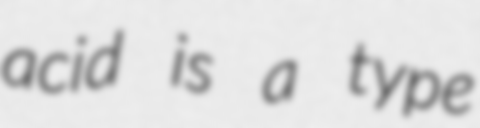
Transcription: acid is a type